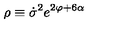
\rho \equiv \dot { \sigma } ^ { 2 } e ^ { 2 \varphi + 6 \alpha }